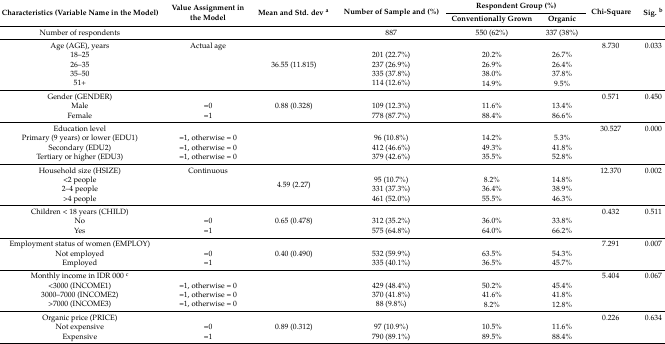
<table><thead><tr><td rowspan="2"><b>Characteristics (Variable Name in the Model)</b></td><td rowspan="2"><b>Value Assignment in the Model</b></td><td rowspan="2"><b>Mean and Std. dev <sup>a</sup></b></td><td rowspan="2"><b>Number of Sample and (%)</b></td><td colspan="2"><b>Respondent Group (%)</b></td><td rowspan="2"><b>Chi-Square</b></td><td rowspan="2"><b>Sig. <sup>b</sup></b></td></tr><tr><td><b>Conventionally Grown</b></td><td><b>Organic</b></td></tr></thead><tbody><tr><td>Number of respondents</td><td></td><td></td><td>887</td><td>550 (62%)</td><td>337 (38%)</td><td></td><td></td></tr><tr><td>Age (AGE), years</td><td>Actual age</td><td rowspan="5">36.55 (11.815)</td><td></td><td></td><td></td><td>8.730</td><td>0.033</td></tr><tr><td>18–25</td><td></td><td>201 (22.7%)</td><td>20.2%</td><td>26.7%</td><td></td><td></td></tr><tr><td>26–35</td><td></td><td>237 (26.9%)</td><td>26.9%</td><td>26.4%</td><td></td><td></td></tr><tr><td>35–50</td><td></td><td>335 (37.8%)</td><td>38.0%</td><td>37.8%</td><td></td><td></td></tr><tr><td>51+</td><td></td><td>114 (12.6%)</td><td>14.9%</td><td>9.5%</td><td></td><td></td></tr><tr><td>Gender (GENDER)</td><td></td><td rowspan="3">0.88 (0.328)</td><td></td><td></td><td></td><td>0.571</td><td>0.450</td></tr><tr><td>Male</td><td>=0</td><td>109 (12.3%)</td><td>11.6%</td><td>13.4%</td><td></td><td></td></tr><tr><td>Female</td><td>=1</td><td>778 (87.7%)</td><td>88.4%</td><td>86.6%</td><td></td><td></td></tr><tr><td>Education level</td><td></td><td rowspan="4"></td><td></td><td></td><td></td><td>30.527</td><td>0.000</td></tr><tr><td>Primary (9 years) or lower (EDU1)</td><td>=1, otherwise = 0</td><td>96 (10.8%)</td><td>14.2%</td><td>5.3%</td><td></td><td></td></tr><tr><td>Secondary (EDU2)</td><td>=1, otherwise = 0</td><td>412 (46.6%)</td><td>49.3%</td><td>41.8%</td><td></td><td></td></tr><tr><td>Tertiary or higher (EDU3)</td><td>=1, otherwise = 0</td><td>379 (42.6%)</td><td>35.5%</td><td>52.8%</td><td></td><td></td></tr><tr><td>Household size (HSIZE)</td><td>Continuous</td><td rowspan="4">4.59 (2.27)</td><td></td><td></td><td></td><td>12.370</td><td>0.002</td></tr><tr><td>&lt;2 people</td><td></td><td>95 (10.7%)</td><td>8.2%</td><td>14.8%</td><td></td><td></td></tr><tr><td>2–4 people</td><td></td><td>331 (37.3%)</td><td>36.4%</td><td>38.9%</td><td></td><td></td></tr><tr><td>&gt;4 people</td><td></td><td>461 (52.0%)</td><td>55.5%</td><td>46.3%</td><td></td><td></td></tr><tr><td>Children &lt; 18 years (CHILD)</td><td></td><td rowspan="3">0.65 (0.478)</td><td></td><td></td><td></td><td>0.432</td><td>0.511</td></tr><tr><td>No</td><td>=0</td><td>312 (35.2%)</td><td>36.0%</td><td>33.8%</td><td></td><td></td></tr><tr><td>Yes</td><td>=1</td><td>575 (64.8%)</td><td>64.0%</td><td>66.2%</td><td></td><td></td></tr><tr><td>Employment status of women (EMPLOY)</td><td></td><td rowspan="3">0.40 (0.490)</td><td></td><td></td><td></td><td>7.291</td><td>0.007</td></tr><tr><td>Not employed</td><td>=0</td><td>532 (59.9%)</td><td>63.5%</td><td>54.3%</td><td></td><td></td></tr><tr><td>Employed</td><td>=1</td><td>335 (40.1%)</td><td>36.5%</td><td>45.7%</td><td></td><td></td></tr><tr><td>Monthly income in IDR 000 <sup>c</sup></td><td></td><td rowspan="4"></td><td></td><td></td><td></td><td>5.404</td><td>0.067</td></tr><tr><td>&lt;3000 (INCOME1)</td><td>=1, otherwise = 0</td><td>429 (48.4%)</td><td>50.2%</td><td>45.4%</td><td></td><td></td></tr><tr><td>3000–7000 (INCOME2)</td><td>=1, otherwise = 0</td><td>370 (41.8%)</td><td>41.6%</td><td>41.8%</td><td></td><td></td></tr><tr><td>&gt;7000 (INCOME3)</td><td>=1, otherwise = 0</td><td>88 (9.8%)</td><td>8.2%</td><td>12.8%</td><td></td><td></td></tr><tr><td>Organic price (PRICE)</td><td></td><td rowspan="3">0.89 (0.312)</td><td></td><td></td><td></td><td>0.226</td><td>0.634</td></tr><tr><td>Not expensive</td><td>=0</td><td>97 (10.9%)</td><td>10.5%</td><td>11.6%</td><td></td><td></td></tr><tr><td>Expensive</td><td>=1</td><td>790 (89.1%)</td><td>89.5%</td><td>88.4%</td><td></td><td></td></tr></tbody></table>